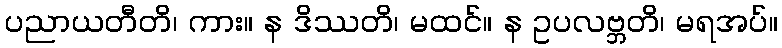
ပညာယတီတိ၊ ကား။ န ဒိဿတိ၊ မထင်။ န ဥပလဗ္ဘတိ၊ မရအပ်။